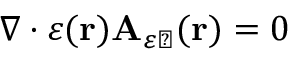
\nabla \cdot \varepsilon ( \mathbf { r } ) \mathbf { A } _ { \varepsilon \perp } ( \mathbf { r } ) = 0